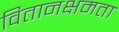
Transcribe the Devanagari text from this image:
वितानक्षमता